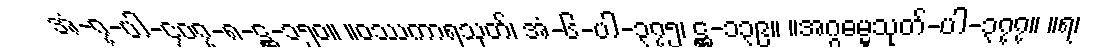
အံ-၇-ပါ-၄၀၇-၈-ဋ္ဌ-၁၅၀။ ။ဝဿကာရသုတ်၊ အံ-၆-ပါ-၃၇၅၊ ဋ္ဌ-၁၃၉။ ။အဂ္ဂဓမ္မသုတ်-ပါ-၃၇၇။ ။ရ၊